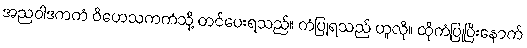
အညဝါဒကကံ ဝိဟေသကကံသို့ တင်ပေးရသည်။ ကံပြုရသည် ဟူလို။ ထိုကံပြုပြီးနောက်